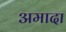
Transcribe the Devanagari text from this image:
अमादा